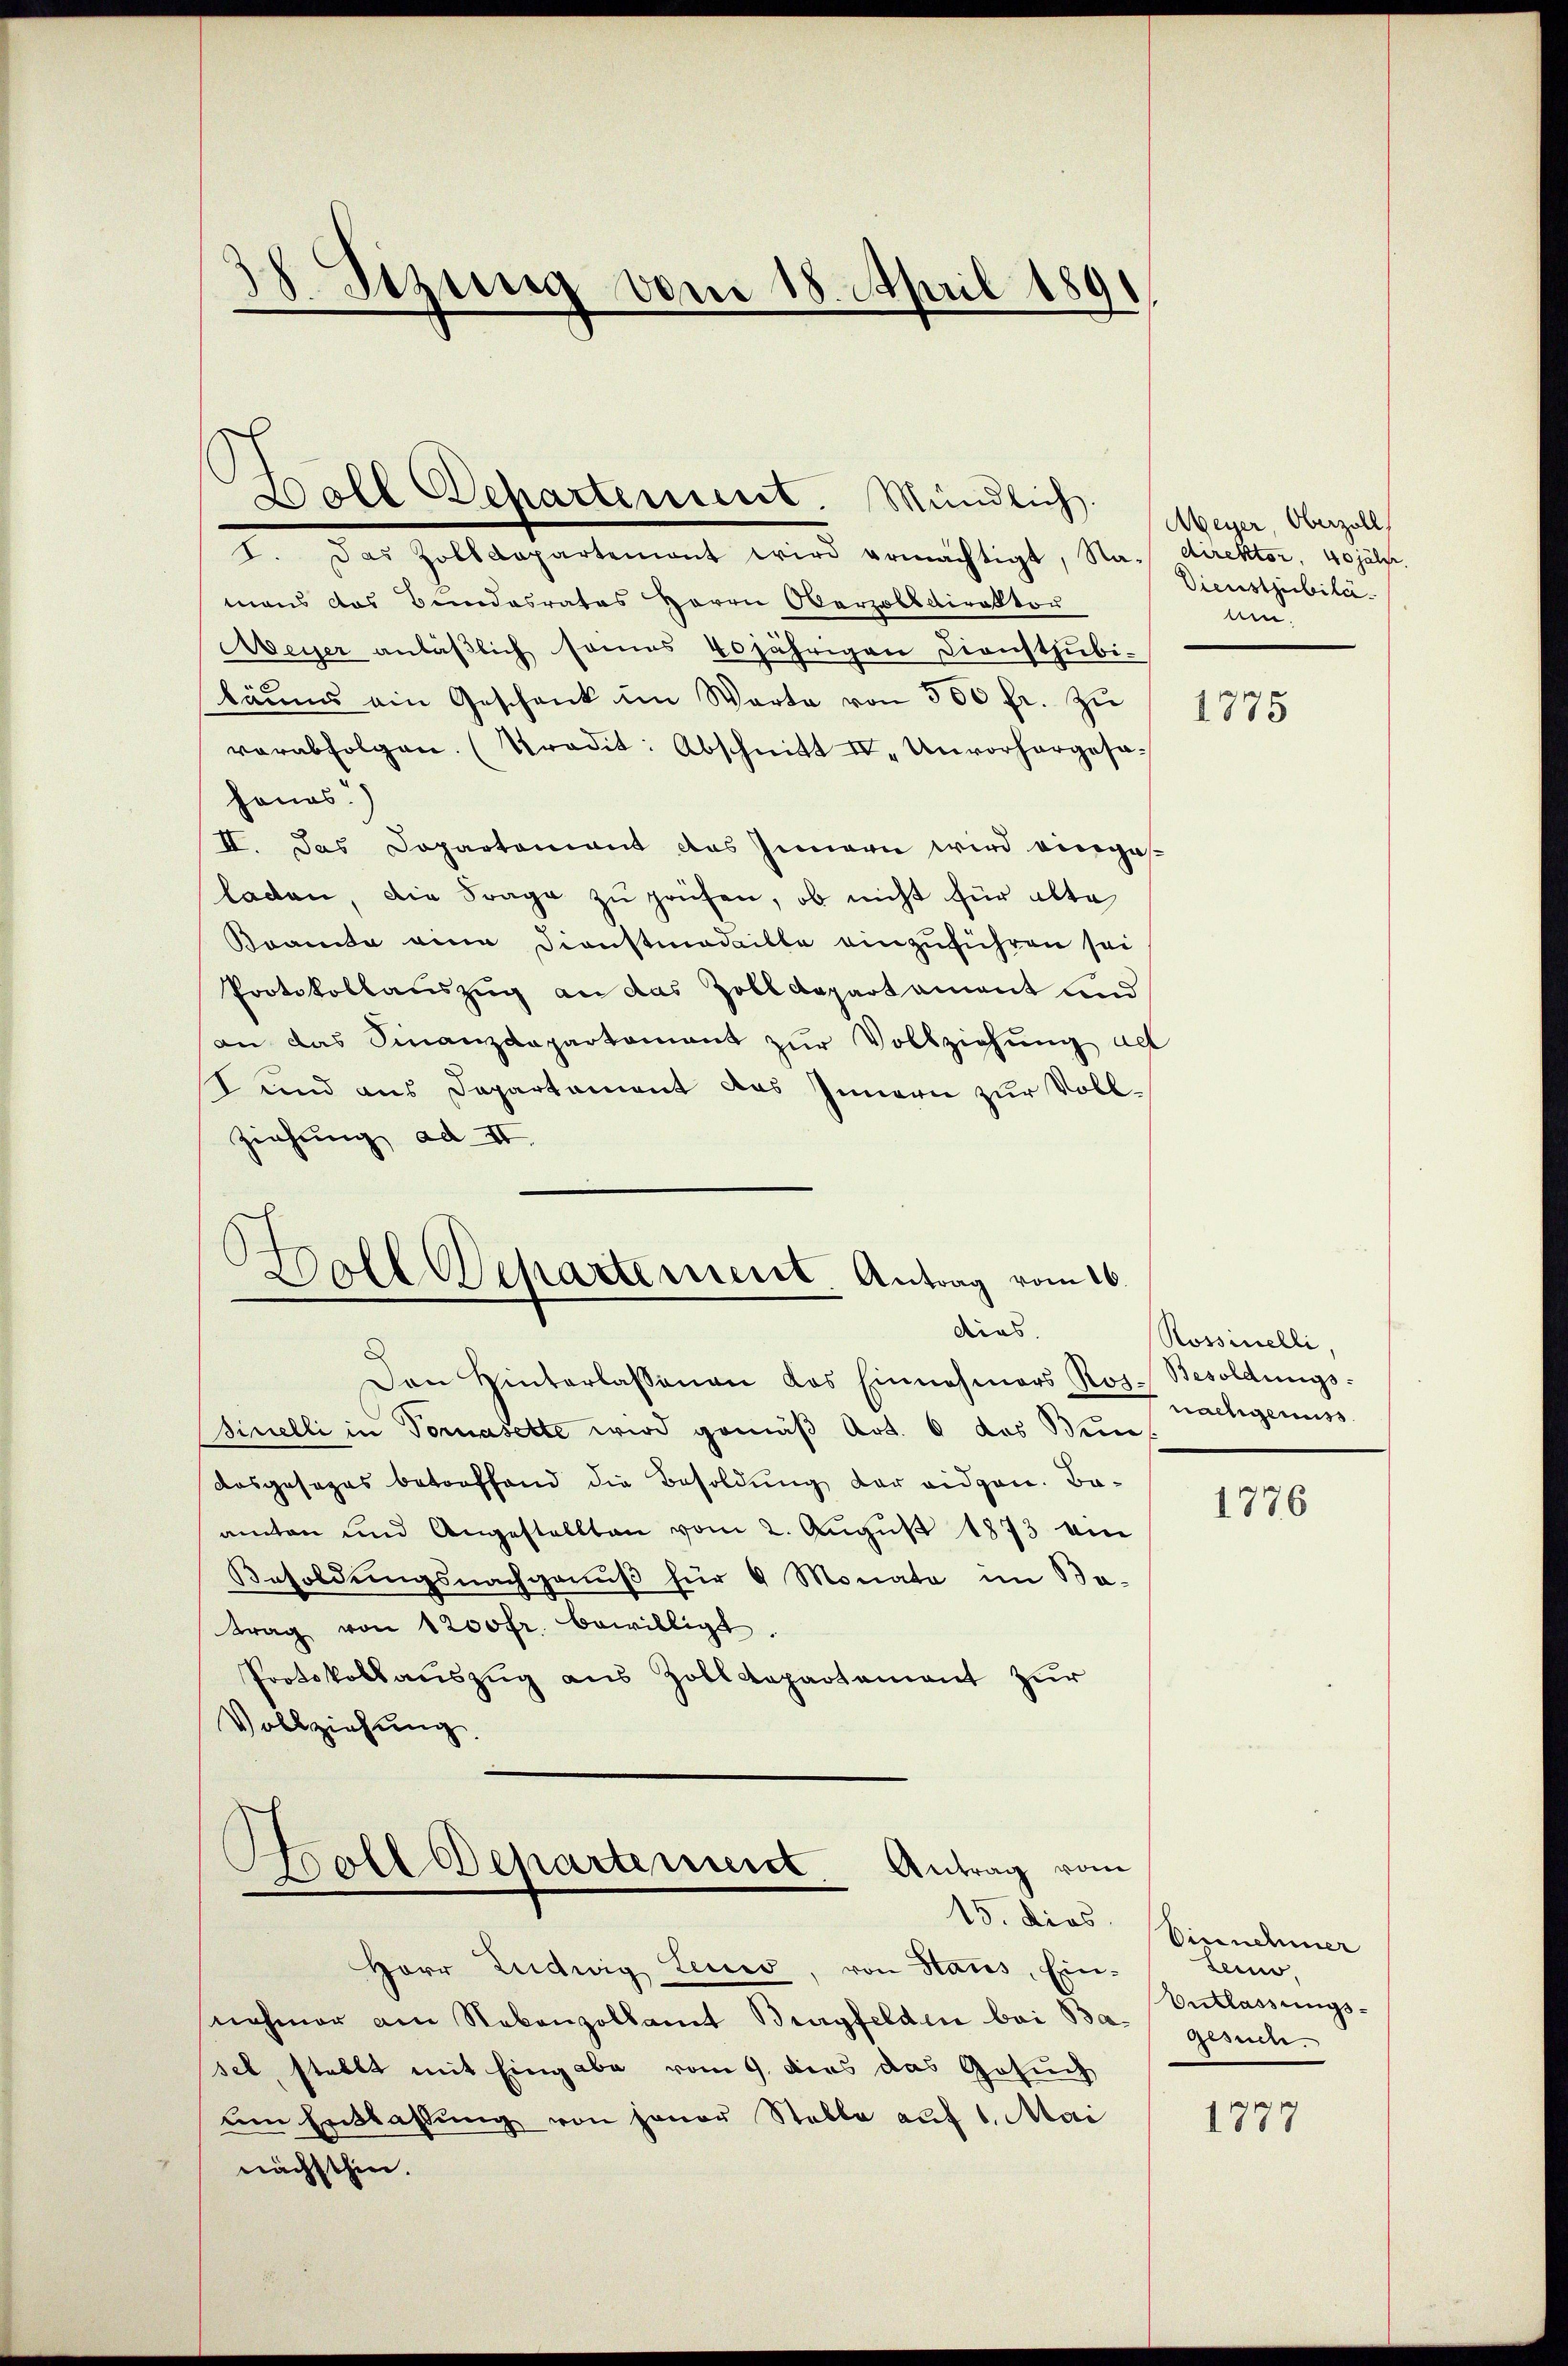
38 Sizung vom 18. April 1891

I. Das Zolldepartement wird ermächtigt, Na- direktor, 40jähr.
mans das Bundesrates Herrn Oberzobsdirektor
Aeyer anläβlich sames 40jährigen Diensthubi-
käŭms ein Geschenk im Warte von 300 fr. zŭ
verabfolgen. (Tradit: Abschnitt II. Unvorhergesa
hanes.)
II. Das Dopartement des Innern wird eingesladen, die Frage zu prüfen, ob nicht für alte
Bramte eine Dienstmadaille einzuführen sei
Protokollauszug an das Zolldepartament und
an das Finanzdepartament zŭr Vollziehŭng als
Sund aus Departement das Innern zur Voll¬
Ziehung ad II.
Den Hinterlassenen das Einnahmers Ros. Besoldŭngs-
Finelli in Tomasette wird gemäß Art. 6 das Wein
Aosgesages betreffend die Besoldung der eidgen. Baamten und Angestellten vom 2. August 1873 ein
Besoldungsnachgenuß für 6 Monate im Ba-
trag von 1200fr. bewilligt.
Protokollauszug aus Zolldepartement zur
Vollziehung
Boll Departement. Antrag vom
15. dies
Herr Ludwig Leues, von Stans, Ein-
nehmer am Nebenzollamt Bergfelden bei Ba- gesuch.
sel, stellt mit Eingabe vom 9. dies das Gesuch
um Entlassŭng von jener Stelle auf 1. Mai
nächsthin.

Doll Departement. Mündlich.

Boll Departement Antrag vom 16.
dias.

Meyer Oberzoll
Dienstjubiläun.

1775

Rossinelli,
nachgenuss

1776

Vinnehmer
demo
Entlassungs-

1777